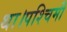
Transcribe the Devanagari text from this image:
था।पश्चिमी